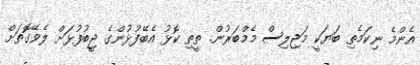
އެންމެ ނިކަމެތި ބަޔަކީ މަޖިލިސް މެމްބަރުން. ތީތި ކޮޅު އެބޭފުޅުންގެ ޖީބުފުޅަށް ލެވޭގޮތަށް